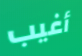
أغيب